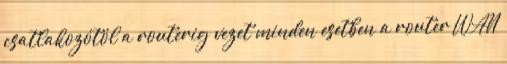
csatlakozótól a routerig vezet minden esetben a router WAN